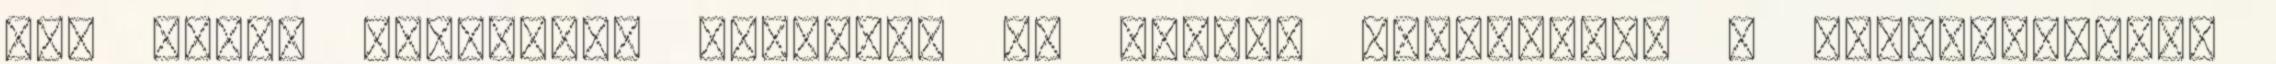
kár lenne kihagyni. Ugyanis, ha mindig azonosulsz a gondolatokkal